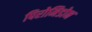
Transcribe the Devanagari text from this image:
पिरोमिडोन